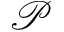
\mathscr { P }